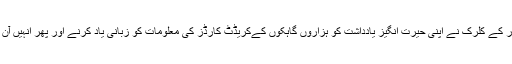
جاپان سے تعلق رکھنے والے ایک سٹور کے کلرک نے اپنی حیرت انگیز یادداشت کو ہزاروں گاہکوں کےکریڈٹ کارڈز کی معلومات کو زبانی یاد کرنے اور پھر انہیں آن لائن استعمال کرنے میں صرف کر دیا۔